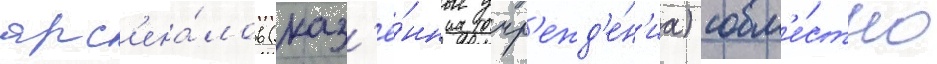
арс'ена́лов (каз'ё́нные учр'ежд'е́н'иа) совм'е́стно